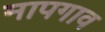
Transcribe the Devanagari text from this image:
मापगाव